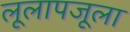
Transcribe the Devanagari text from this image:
लूलापजूला